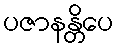
ပဇာနန္တိပေ